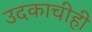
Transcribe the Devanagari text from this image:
उदकाचीही